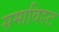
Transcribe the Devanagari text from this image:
समाविश्ट